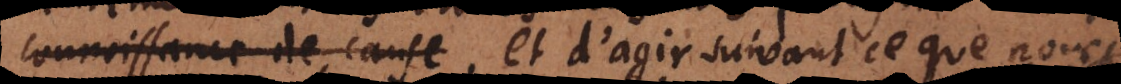
connoissance de cause d’agir suivant ce que nous